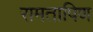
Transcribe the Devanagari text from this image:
रामतापिण